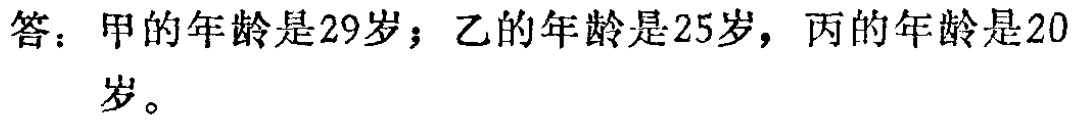
答：甲的年龄是29岁；乙的年龄是25岁，丙的年龄是20岁。